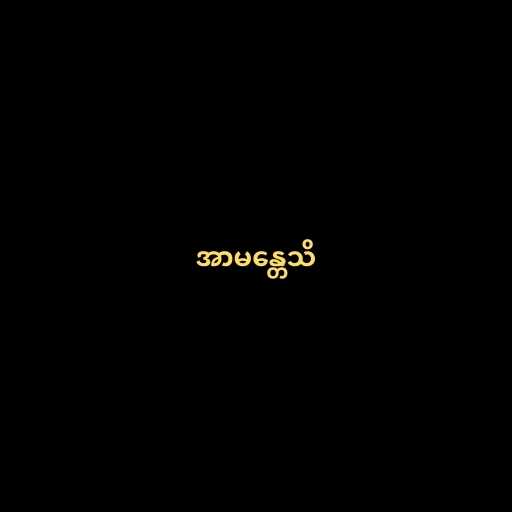
အာမန္တေသိ